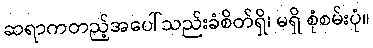
ဆရာကတည့်အပေါ်သည်းခံစိတ်ရှိ၊ မရှိ စုံစမ်းပုံ။